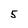
Character: 5